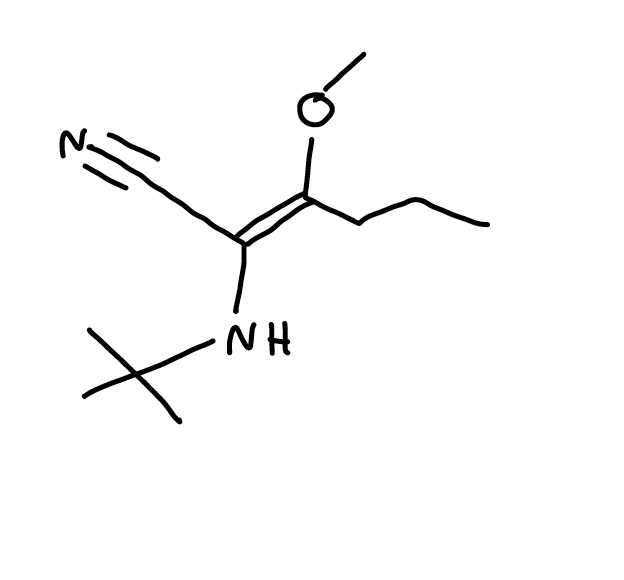
Simplified molecular-input line-entry system (SMILES) notation of the given molecule:
CCC/C(=C(/C#N)\NC(C)(C)C)/OC